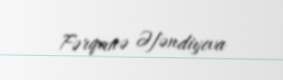
Fərqanə Əfəndiyeva